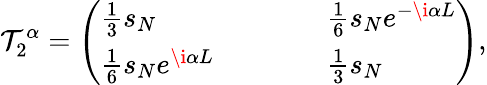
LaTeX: \mathcal{T}_{2}^{\alpha}=\left(\begin{array}{lllll}{\frac{1}{3}s_{N}}&{}&{}&{}&{\frac{1}{6}s_{N}e^{-\i\alpha L}}\\ {\frac{1}{6}s_{N}e^{\i\alpha L}}&{}&{}&{}&{\frac{1}{3}s_{N}}\end{array}\right),